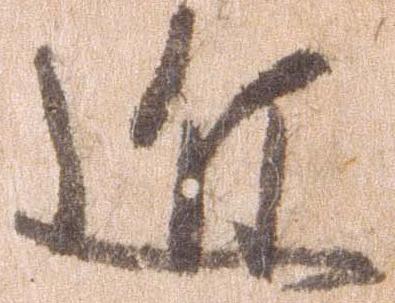
近